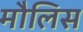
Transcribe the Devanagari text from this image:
मौलिस